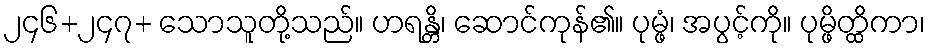
၂၄၆+၂၄၇+ သောသူတို့သည်။ ဟရန္တိ၊ ဆောင်ကုန်၏။ ပုမ္ဖံ၊ အပွင့်ကို။ ပုမ္ဖိတ္ထိကာ၊